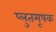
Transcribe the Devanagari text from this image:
प्लुतमूषक